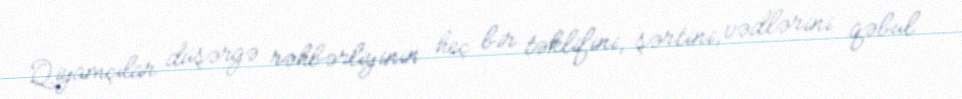
Qiyamçılar düşərgə rəhbərliyinin heç bir təklifini, şərtini, vədlərini qəbul